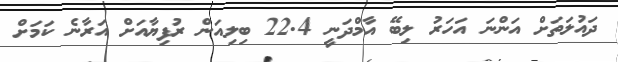
ދައުލަތަށް އަންނަ އަހަރު ލިބޭ އާމްދަނީ 22.4 ބިލިއަން ރުފިޔާއަށް އަރާނެ ކަމަށް